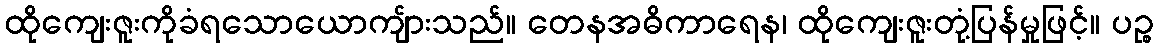
ထိုကျေးဇူးကိုခံရသောယောကျ်ားသည်။ တေနအဓိကာရေန၊ ထိုကျေးဇူးတုံ့ပြန်မှုဖြင့်။ ပဉ္စ